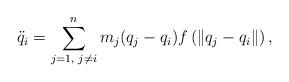
LaTeX: \begin{align*} \ddot{q}_{i}=\sum\limits_{j=1,\textrm{ }j\neq i}^{n}m_{j}(q_{j}-q_{i})f\left(\|q_{j}-q_{i}\|\right), \end{align*}